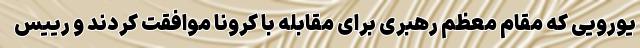
یورویی که مقام معظم رهبری برای مقابله با کرونا موافقت کردند و رییس